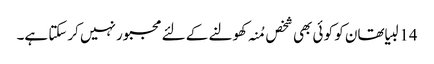
14 لبیا تھان کو کو ئی بھی شخص مُنہ کھولنے کے لئے مجبور نہیں کرسکتا ہے۔